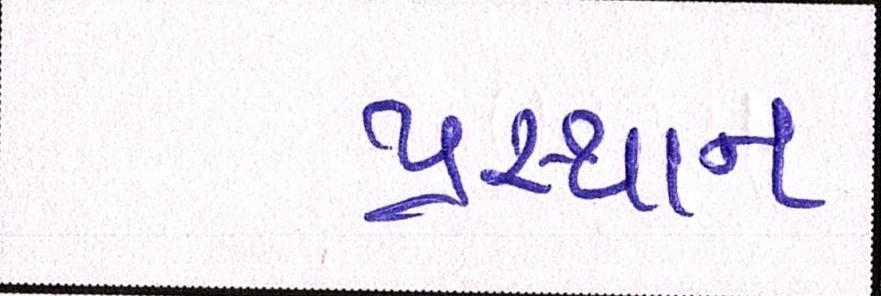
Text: પ્રસ્થાન